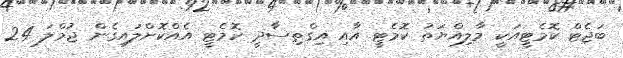
ބަޖެޓް ކޮމެޓީއަކީ މާލިއްޔަތު ކޮމެޓީ އާއި އިގްތިސާދީ ކޮމެޓީ އެއްކޮށްލައިގެން ޖުމްލަ 24